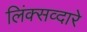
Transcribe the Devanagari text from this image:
लिंक्सव्दारे